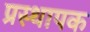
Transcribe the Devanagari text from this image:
प्रस्थापक